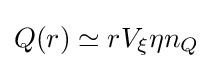
Q(r)\simeq rV_{\xi }\eta n_{Q}